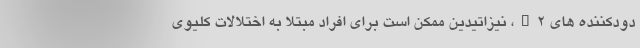
دودکننده های H2، نیزاتیدین ممکن است برای افراد مبتلا به اختلالات کلیوی